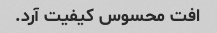
افت محسوس کیفیت آرد.